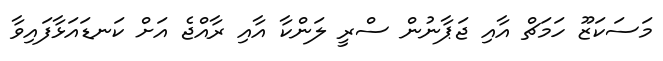
މަސަކަޒޫ ހަމަޗް އާއި ޖަޕާނުން ސްރީ ލަންކާ އާއި ރާއްޖެ އަށް ކަނޑައަޅާފައިވާ